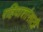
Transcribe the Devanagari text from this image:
रहिवाशांसाठी